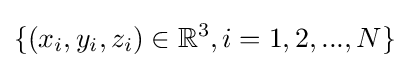
\{(x_{i},y_{i},z_{i})\in \mathbb {R} ^{3},i=1,2,...,N\}